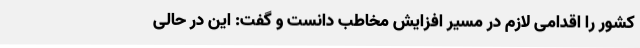
کشور را اقدامی لازم در مسیر افزایش مخاطب دانست و گفت: این در حالی